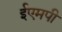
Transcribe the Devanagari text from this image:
ईएमपी